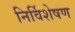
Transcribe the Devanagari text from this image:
निर्विशेषण